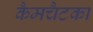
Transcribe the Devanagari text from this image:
कैमचैटका